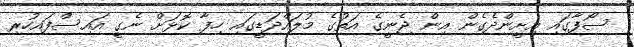
ސޯފާގައި އިށީންދެގެން އިން ޖެނީގެ އަތުގެ މުލައްދަޑީގައި ހިފާ ކޮޅަށް ނެގީ އައިސްފައިހުރި